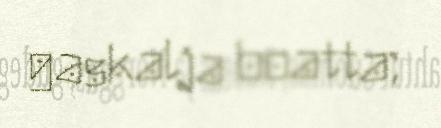
gaskalja boatta;